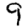
Digit: 9